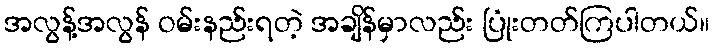
အလွန့်အလွန် ဝမ်းနည်းရတဲ့ အချိန်မှာလည်း ပြုံးတတ်ကြပါတယ်။